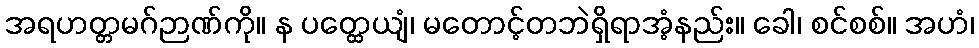
အရဟတ္တမဂ်ဉာဏ်ကို။ န ပတ္ထေယျံ၊ မတောင့်တဘဲရှိရာအံ့နည်း။ ခေါ၊ စင်စစ်။ အဟံ၊